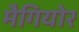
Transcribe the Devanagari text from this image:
मैगियोर